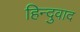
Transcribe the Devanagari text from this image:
हिन्दुवाद